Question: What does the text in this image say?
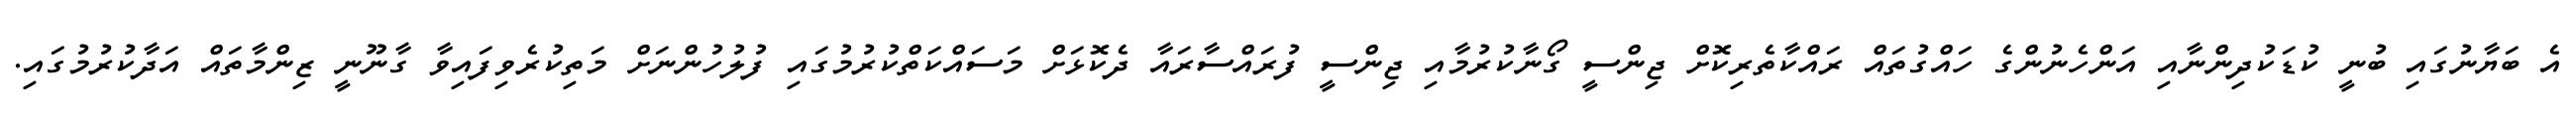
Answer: އެ ބަޔާނުގައި ބުނީ ކުޑަކުދިންނާއި އަންހެނުންގެ ހައްގުތައް ރައްކާތެރިކޮށް ޖިންސީ ގޯނާކުރުމާއި ޖިންސީ ފުރައްސާރައާ ދެކޮޅަށް މަސައްކަތްކުރުމުގައި ފުލުހުންނަށް މަތިކުރެވިފައިވާ ގާނޫނީ ޒިންމާތައް އަދާކުރުމުގައި.